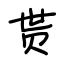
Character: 贳